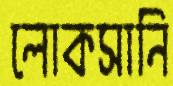
লোকসানি